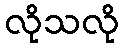
လိုသလို